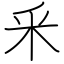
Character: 釆